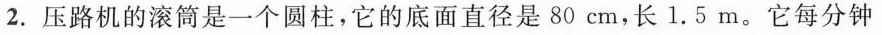
2.压路机的滚筒是一个圆柱，它的底面直径是80cm，长1.5m。它每分钟